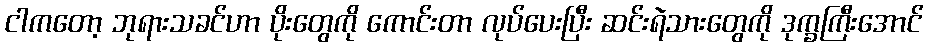
ငါကတော့ ဘုရားသခင်ဟာ ပိုးတွေကို ကောင်းတာ လုပ်ပေးပြီး ဆင်းရဲသားတွေကို ဒုက္ခကြီးအောင်